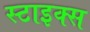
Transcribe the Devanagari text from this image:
स्टाइक्स